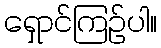
ရှောင်ကြဉ်ပါ။